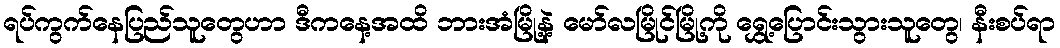
ရပ်ကွက်နေပြည်သူတွေဟာ ဒီကနေ့အထိ ဘားအံမြို့နဲ့ မော်လမြိုင်မြို့ကို ရွှေ့ပြောင်းသွားသူတွေ၊ နီးစပ်ရာ